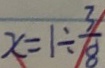
x = 1 \div \frac { 3 } { 8 }